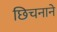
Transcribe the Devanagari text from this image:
छिचनाने